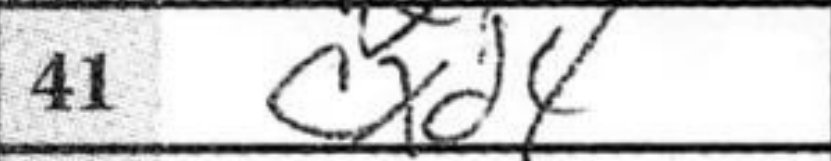
Transcription: cxd4